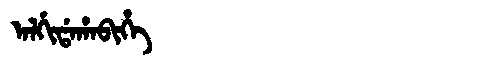
Manchu: ᠠᠯᡤᡳᡩᠠᡥᠠᠪᡳᡥᡝ
Romanization: ALGIDAHABIHE